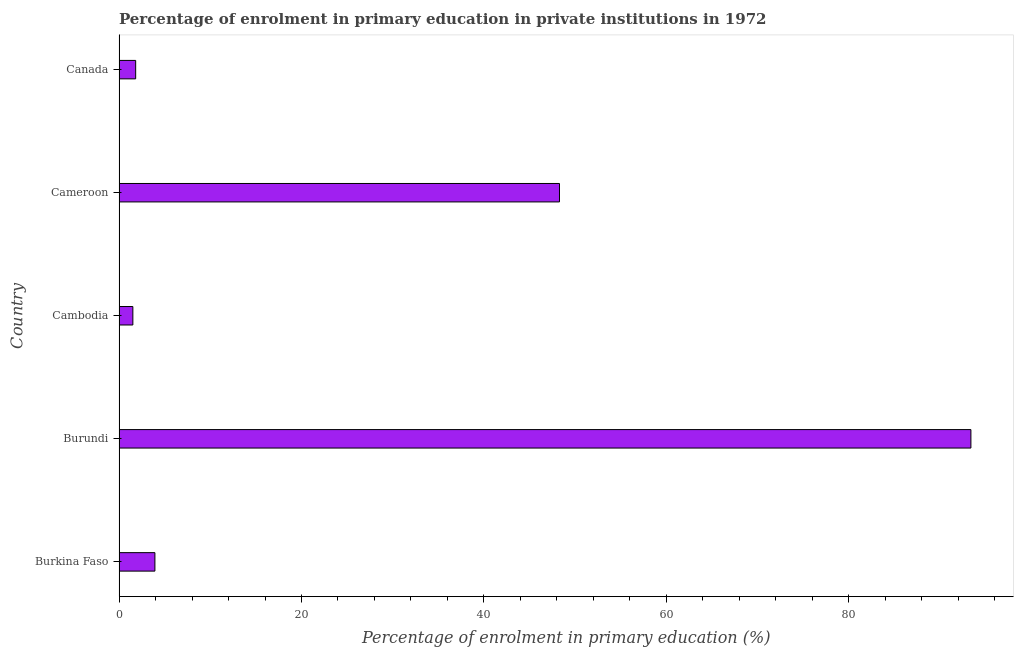
| Country | Enrolment  |
 | --- | --- |
 | Burkina Faso | 3.93 |
 | Burundi | 93.4 |
 | Cambodia | 1.51 |
 | Cameroon | 48.3 |
 | Canada | 1.82 |